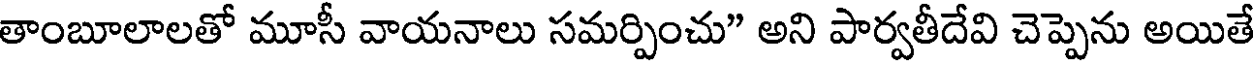
తాంబూలాలతో మూసీ వాయనాలు సమర్పించు" అని పార్వతీదేవి చెప్పెను అయితే